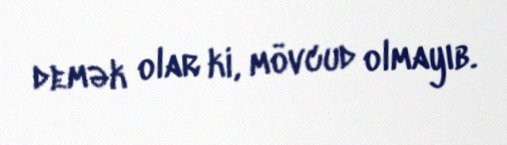
demək olar ki, mövcud olmayıb.